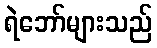
ရဲဘော်များသည်